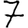
Digit: 7